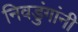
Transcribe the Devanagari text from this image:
निवडुंगांनी